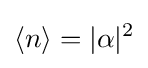
\langle n\rangle =|\alpha |^{2}